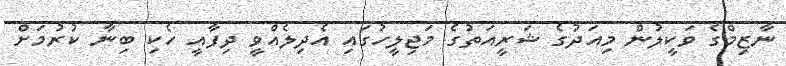
ނާޒިމްގެ ވަކީލުން މިއަދުގެ ޝަރީއަތުގެ މަޖިލީހުގައި އެދިލެއްވީ ދިފާއީ ހެކި ބިނާ ކުރުމަށް